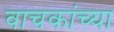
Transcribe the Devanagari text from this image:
वाचकांच्‍या